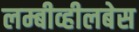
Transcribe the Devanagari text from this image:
लम्बीव्हीलबेस